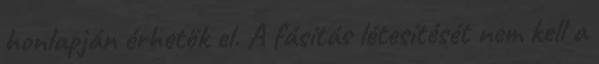
honlapján érhetők el. A fásítás létesítését nem kell a